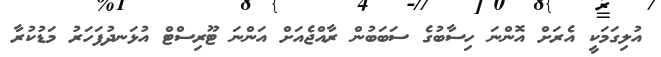
އުލިގަމަކީ އެރަށް އޮންނަ ހިސާބުގެ ސަބަބުން ރާއްޖެއަށް އަންނަ ޓޫރިސްޓް އުޅަނދުފަހަރު މަޑުކުރާ